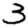
Digit: 3